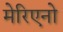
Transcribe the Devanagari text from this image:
मेरिएनो